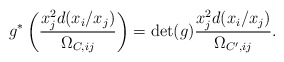
\begin{align*}g^* \left( \frac{x_j^2 d(x_i/x_j)}{\Omega_{C,ij}}\right) =\mathrm{det}(g)\frac{x_j^2 d(x_i/x_j)}{\Omega_{C',ij}}.\end{align*}